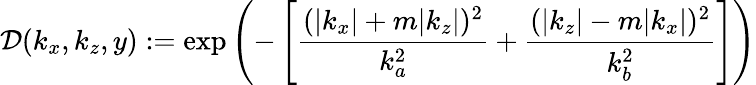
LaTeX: \mathcal{D}(k_{x},k_{z},y):=\exp\left(-\left[\frac{(|k_{x}|+m|k_{z}|)^{2}}{k_{a}^{2}}+\frac{(|k_{z}|-m|k_{x}|)^{2}}{k_{b}^{2}}\right]\right)